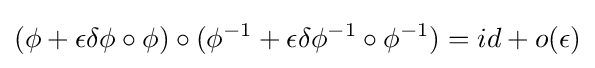
(\phi +\epsilon \delta \phi \circ \phi )\circ (\phi ^{-1}+\epsilon \delta \phi ^{-1}\circ \phi ^{-1})=id+o(\epsilon )